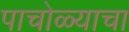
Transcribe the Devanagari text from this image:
पाचोळ्याचा